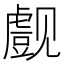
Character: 𰴞